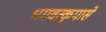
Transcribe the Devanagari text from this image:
भगवत्कृपासे